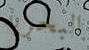
البحريه